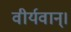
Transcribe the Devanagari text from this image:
वीर्यवान्।